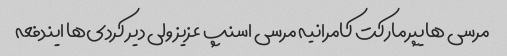
مرسی هایپرمارکت کامرانیه مرسی اسنپ عزیز ولی دیر کردی‌ها ایندفعه